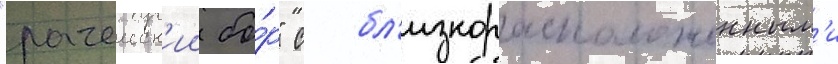
"рачеиск'ии бо́р" с бл'изкорасположенным'и